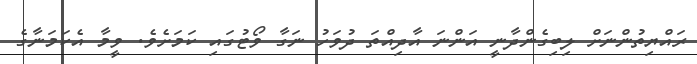
ރައްޔިތުންނަށް ލިބިގެންދާނީ އަންނަ އާދިއްތަ ދުވަހު ނަގާ ވޯޓުގައި ކަމަށެވެ. ވީމާ އެކަމަނާގެ